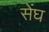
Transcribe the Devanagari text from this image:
सेंघ